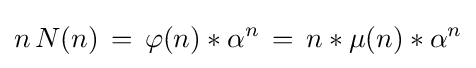
n\,N(n)\,=\,\varphi (n)*\alpha ^{n}\,=\,n*\mu (n)*\alpha ^{n}